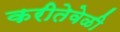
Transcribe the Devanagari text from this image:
करीतेवेळी